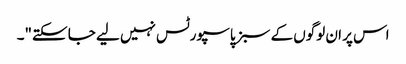
اس پر ان لوگوں کے سبز پاسپورٹس نہیں لیے جا سکتے"۔